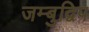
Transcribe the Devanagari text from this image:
जम्बुद्विप